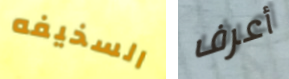
السخيفه أعرف